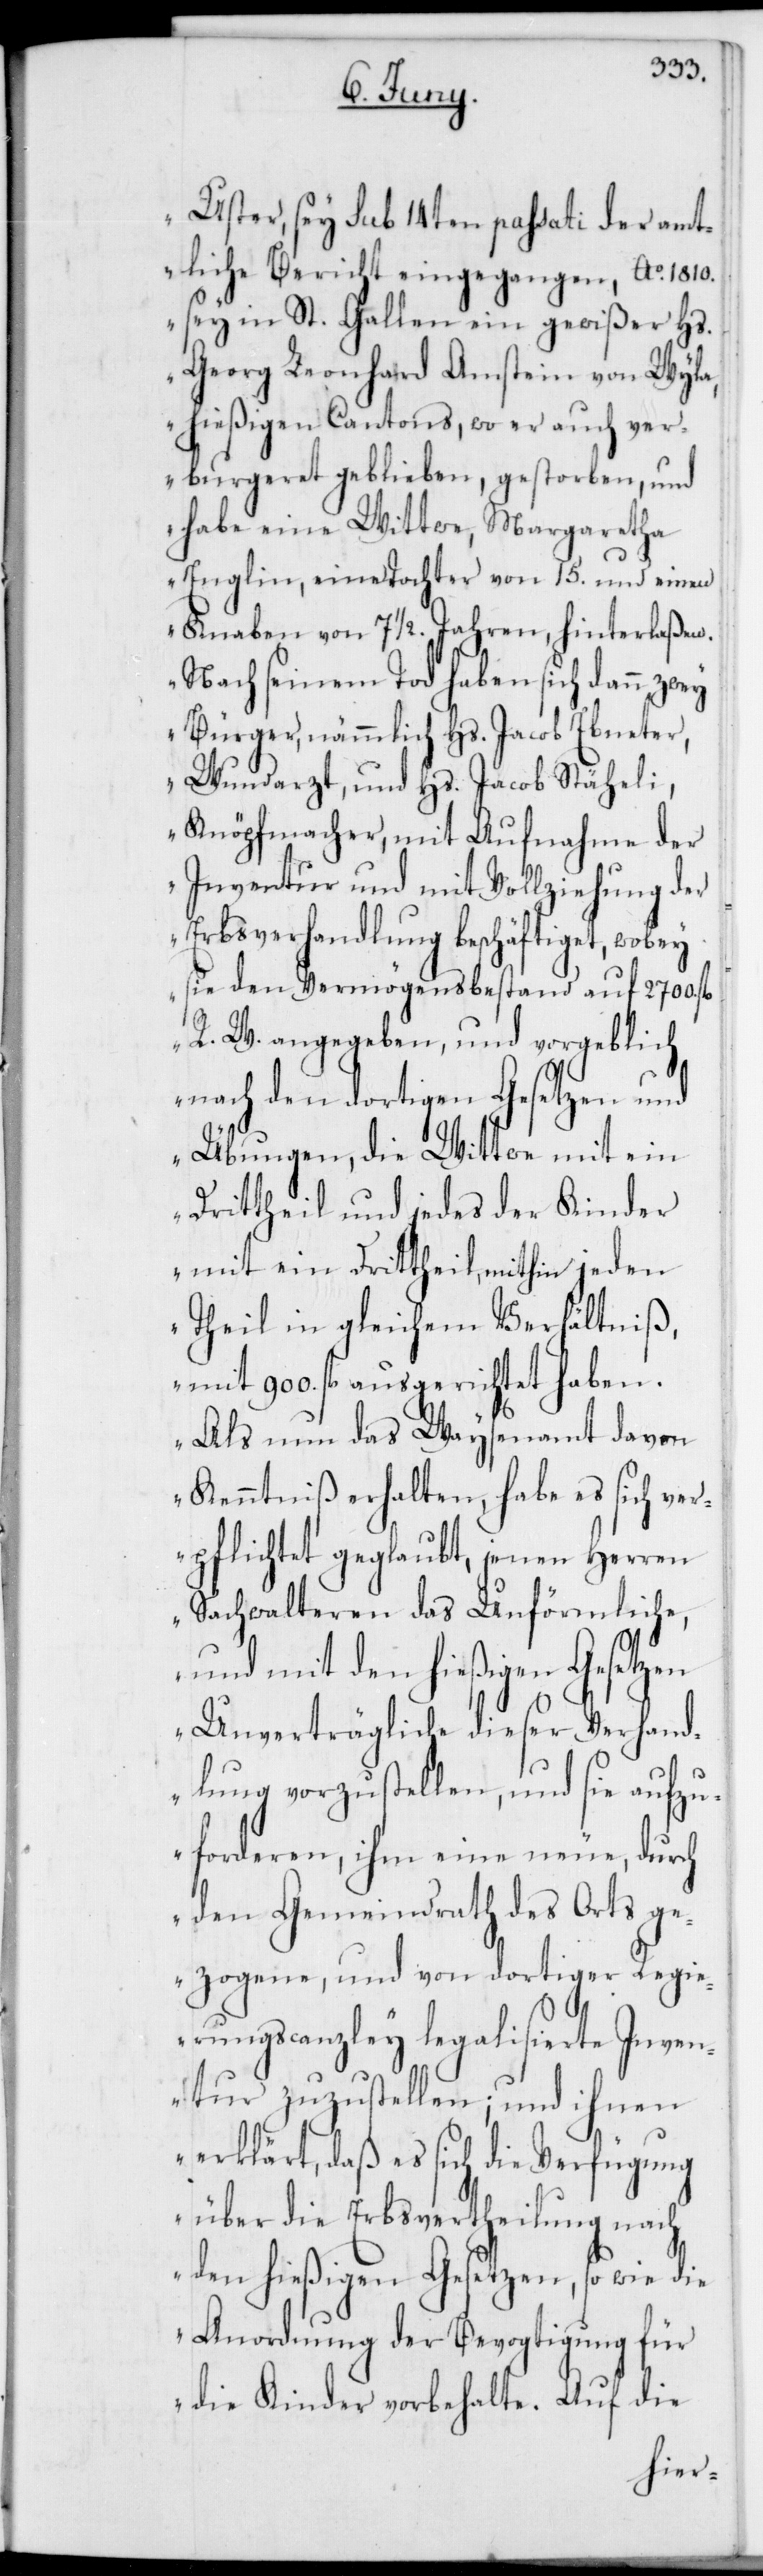
Uster, sey sub 14ten passati der amt¬
liche Bericht eingegangen, Ao 1810.
sey in St. Gallen ein gewißer Hs.
Georg Leonhard Amstein von Wyla,
hießigen Cantons, wo er auch ver¬
burgeret geblieben, gestorben, und
habe eine Wittwe, Margaretha
Engelin, eine Tochter von 15. und einen
Knaben von 7 1/2. Jahren, hinterlaßen.
Nach seinem Tod haben sich dann zwey
Bürger, nämmlich Hs. Jacob Ebneter,
Wundarzt; und Hs. Jacob Stäheli,
Knöpfmacher, mit Aufnahme der
Inventur und mit Vollziehung der
Erbsverhandlung beschäftiget, wobey
sie den Vermögensbestand auf 2700. fl.
R. W. angegeben, und vorgeblich
nach den dortigen Gesetzen und
Übungen, die Wittwe mit ein
Drittheil und jedes der Kinder
mit einem Drittheil, mithin jeden
Theil in gleichem Verhältniß,
mit 900. fl. ausgerichtet haben.
Als nun das Waysenamt davon
Kenntniß erhalten, habe es sich ver¬
pflichtet geglaubt, jenen Herren
Sachwalteren das Unförmliche,
und mit den hießigen Gesetzen
Unverträgliche dieser Verhand¬
lung vorzustellen, und sie aufzu¬
forderen, ihm eine neue, durch
den Gemeindrath des Orts ge¬
zogene, und von dortiger Regi¬
erungscanzley legalisierte Inven¬
tur zuzustellen; und ihnen
erklärt, daß es sich die Verfügung
über die Erbsvertheilung nach
den hießigen Gesetzen, so wie die
Anordnung der Bevogtigung für
die Kinder vorbehalte. Auf die